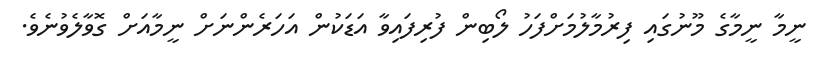
ނީމާ ނީމާގެ މޫނުގައި ފިރުމާލުމަށްފަހު ލޯބިން ފުރިފައިވާ އަޑަކުން އަހަރެންނަށް ނީމާއަށް ގޮވާލެވުނެވެ.